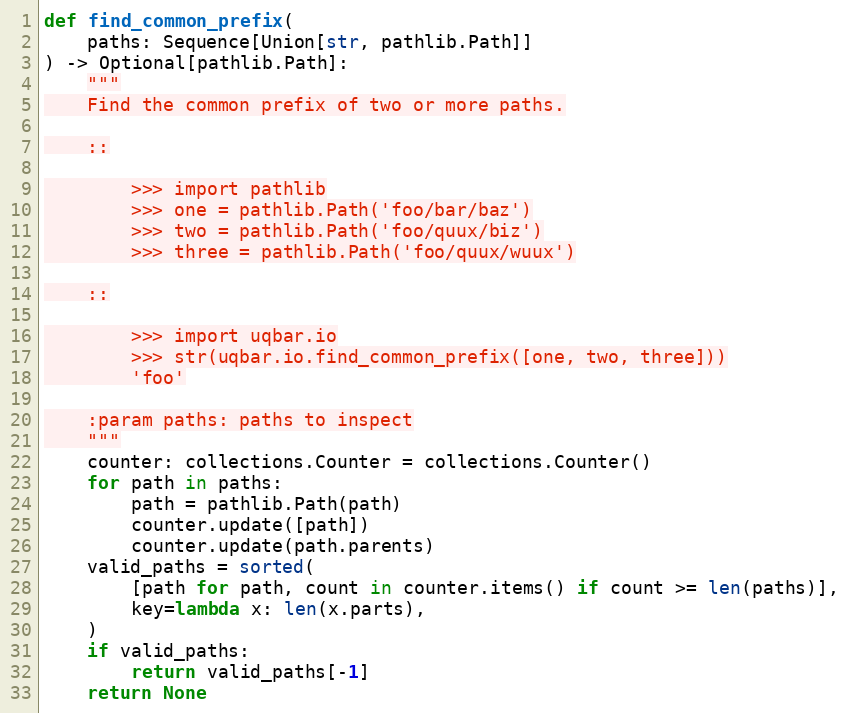
Language: Python
def find_common_prefix(
    paths: Sequence[Union[str, pathlib.Path]]
) -> Optional[pathlib.Path]:
    """
    Find the common prefix of two or more paths.

    ::

        >>> import pathlib
        >>> one = pathlib.Path('foo/bar/baz')
        >>> two = pathlib.Path('foo/quux/biz')
        >>> three = pathlib.Path('foo/quux/wuux')

    ::

        >>> import uqbar.io
        >>> str(uqbar.io.find_common_prefix([one, two, three]))
        'foo'

    :param paths: paths to inspect
    """
    counter: collections.Counter = collections.Counter()
    for path in paths:
        path = pathlib.Path(path)
        counter.update([path])
        counter.update(path.parents)
    valid_paths = sorted(
        [path for path, count in counter.items() if count >= len(paths)],
        key=lambda x: len(x.parts),
    )
    if valid_paths:
        return valid_paths[-1]
    return None